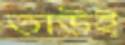
তাউই